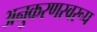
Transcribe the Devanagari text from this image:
अनुकरणस्वरूप